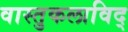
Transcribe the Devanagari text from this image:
वास्तुकलाविद्